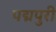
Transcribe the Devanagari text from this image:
पद्मपुरी